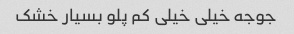
جوجه خیلی خیلی کم پلو بسیار خشک